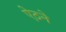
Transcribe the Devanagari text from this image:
ऐठने